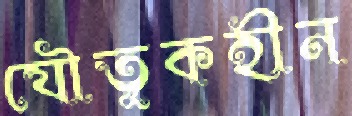
যৌতুকহীন